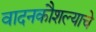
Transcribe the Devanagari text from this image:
वादनकौशल्याचे